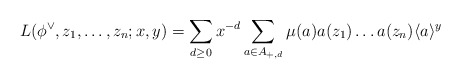
\begin{align*}L(\phi^{\vee},z_1,\dots,z_n;x,y)=\sum_{d\geq 0}x^{-d}\sum\limits_{a\in A_{+,d}} \mu(a)a(z_1)\dots a(z_n)\langle a \rangle^y\end{align*}